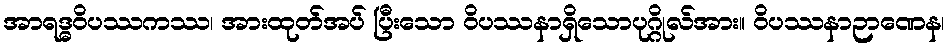
အာရဒ္ဓဝိပဿကဿ၊ အားထုတ်အပ် ပြီးသော ဝိပဿနာရှိသောပုဂ္ဂိုလ်အား။ ဝိပဿနာဉာဏေန၊